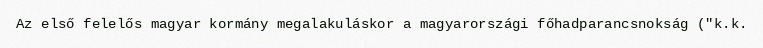
Az első felelős magyar kormány megalakuláskor a magyarországi főhadparancsnokság ("k.k.